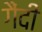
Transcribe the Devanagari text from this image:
गैंदी